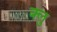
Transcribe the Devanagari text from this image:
क्लु